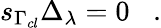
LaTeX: s_{\Gamma_{cl}}\Delta_{\lambda}=0\; \; \; .